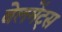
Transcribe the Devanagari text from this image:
बेलमेंट्स